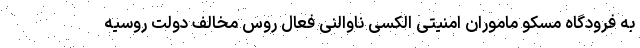
به فرودگاه مسکو ماموران امنیتی الکسی ناوالنی فعال روس مخالف دولت روسیه